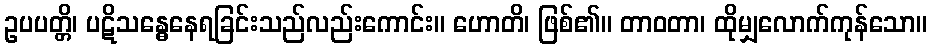
ဥပပတ္တိ၊ ပဋိသန္ဓေနေရခြင်းသည်လည်းကောင်း။ ဟောတိ၊ ဖြစ်၏။ တာဝတာ၊ ထိုမျှလောက်ကုန်သော။